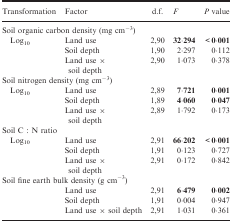
| Transformation | Factor | d.f. | F | P value |
 | --- | --- | --- | --- | --- |
 | <COLSPAN=5> Soil organic carbon density (mg cm−3) |
 | <ROWSPAN=3> Log10 | Land use | 2,90 | 32·294 | <0·001 |
 | Soil depth | 1,90 | 2·297 | 0·112 |
 | Land use × soil depth | 2,90 | 1·073 | 0·378 |
 | <COLSPAN=5> Soil nitrogen density (mg cm−3) |
 | <ROWSPAN=3> Log10 | Land use | 2,89 | 7·721 | 0·001 |
 | Soil depth | 1,89 | 4·060 | 0·047 |
 | Land use × soil depth | 2,89 | 1·792 | 0·173 |
 | <COLSPAN=5> Soil C : N ratio |
 | <ROWSPAN=3> Log10 | Land use | 2,91 | 66·202 | <0·001 |
 | Soil depth | 1,91 | 0·123 | 0·727 |
 | Land use × soil depth | 2,91 | 0·172 | 0·842 |
 | <COLSPAN=5> Soil fine earth bulk density (g cm−3) |
 |  | Land use | 2,91 | 6·479 | 0·002 |
 |  | Soil depth | 1,91 | 0·004 | 0·947 |
 |  | Land use × soil depth | 2,91 | 1·031 | 0·361 |